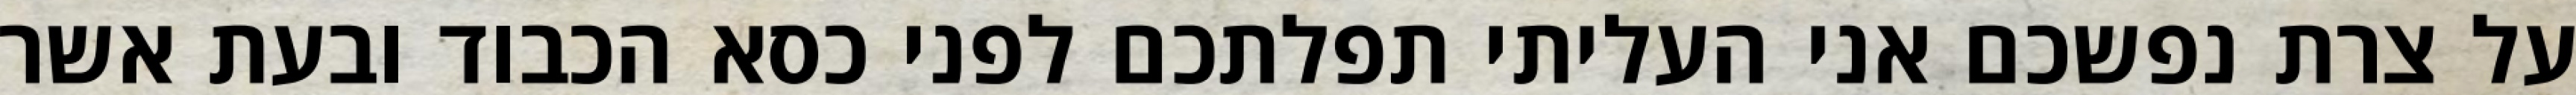
על צרת נפשכם אני העליתי תפלתכם לפני כסא הכבוד ובעת אשר